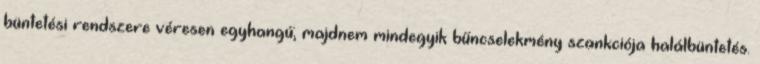
büntetési rendszere véresen egyhangú; majdnem mindegyik bűncselekmény szankciója halálbüntetés.